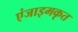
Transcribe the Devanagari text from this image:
एंजाइमकृत